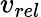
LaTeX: v_{rel}